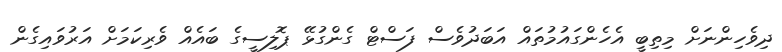
ދިވެހިންނަށް މިތިބީ އެހެންގައުމުތައް އަބަދުވެސް ފަސްޓް ގެންގުޅޭ ޕޮލިސީގެ ބައެއް ވެރިކަމަށް އަރުވައިގެން